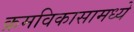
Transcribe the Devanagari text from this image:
क्रमविकासामध्ये